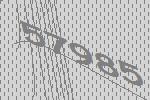
57985